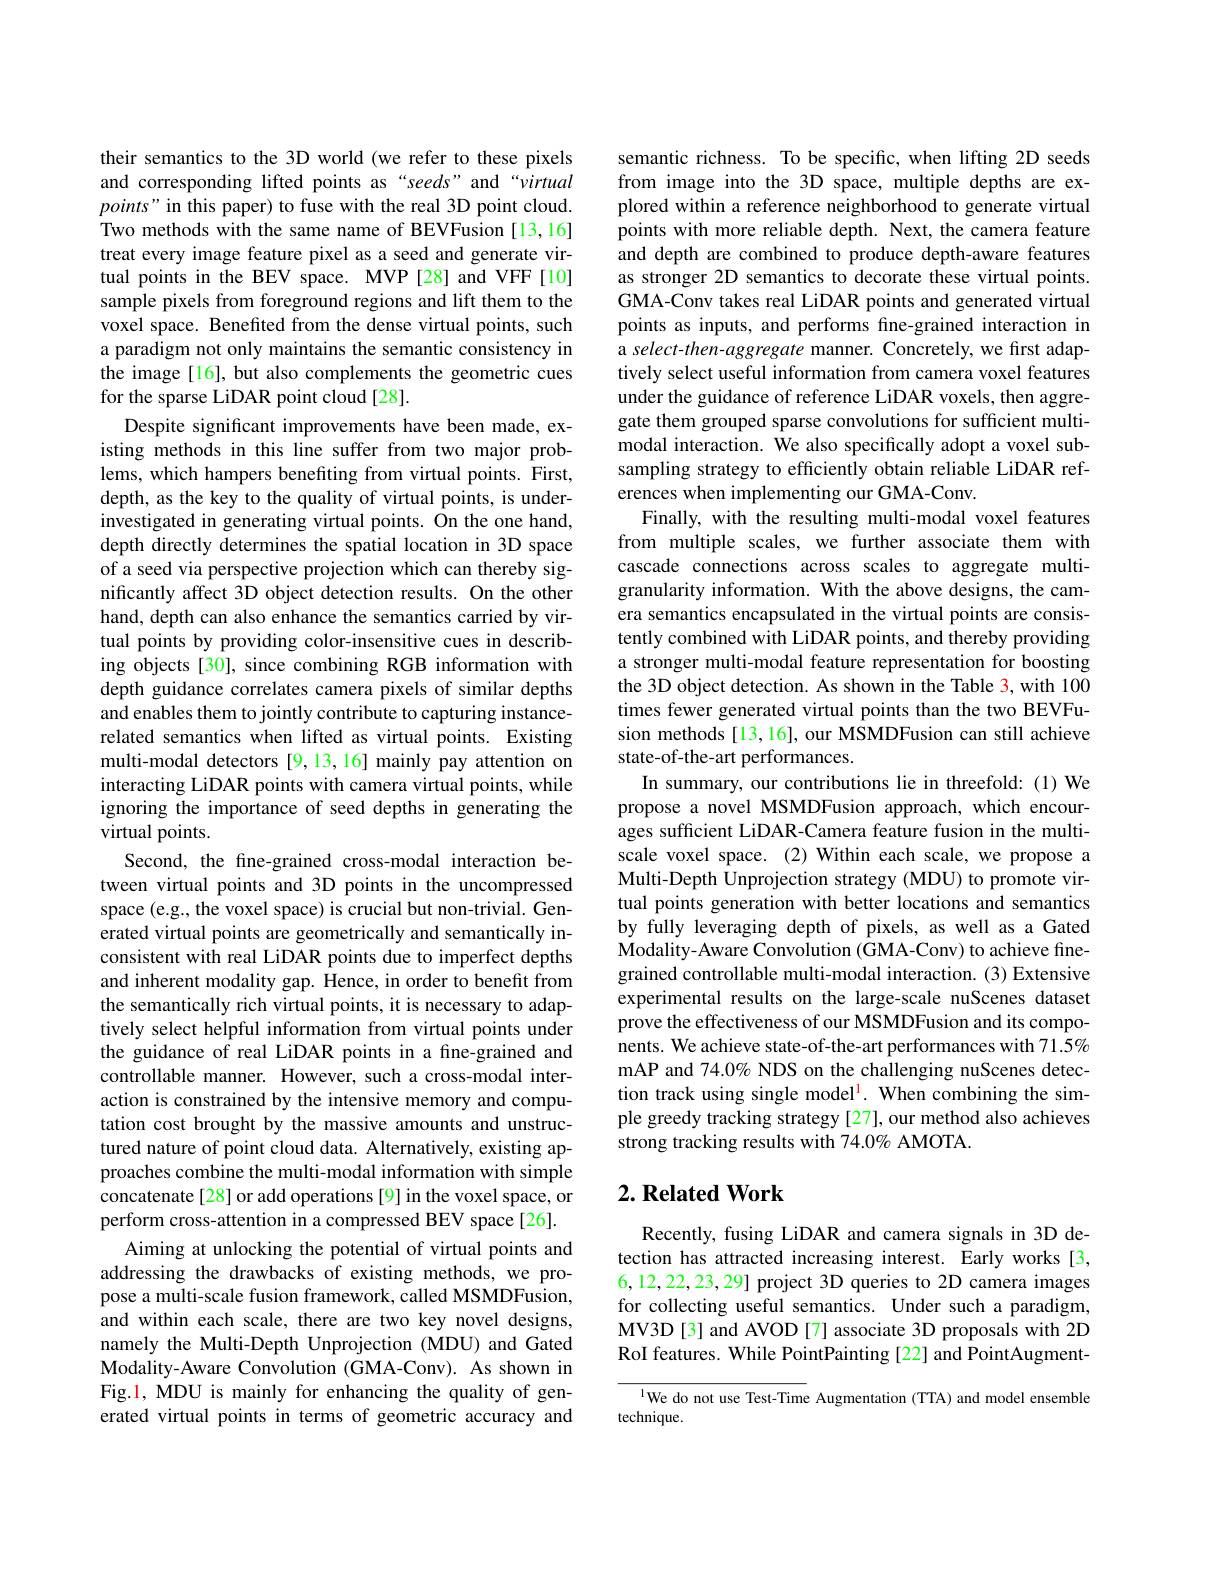
their semantics to the 3D world (we refer to these pixels and corresponding lifted points as“seeds”and“virtual $points"$ in this paper) to fuse with the real 3D point cloud. Two methods with the same name of BEVFusion [13,16] treat every image feature pixel as a seed and generate virtual points in the BEV space. MVP [28] and VFF[10] sample pixels from foreground regions and lift them to the voxel space. Benefited from the dense virtual points, such a paradigm not only maintains the semantic consistency in the image[16], but also complements the geometric cues for the sparse LiDAR point cloud[28].
Despite significant improvements have been made, existing methods in this line suffer from two major problems, which hampers benefiting from virtual points. First, depth, as the key to the quality of virtual points, is underinvestigated in generating virtual points. On the one hand, depth directly determines the spatial location in 3D space of a seed via perspective projection which can thereby significantly affect 3D object detection results. On the other hand, depth can also enhance the semantics carried by virtual points by providing color-insensitive cues in describing objects [30], since combining RGB information with depth guidance correlates camera pixels of similar depths and enables them to jointly contribute to capturing instancerelated semantics when lifted as virtual points. Existing multi-modal detectors [9,13,16] mainly pay attention on interacting LiDAR points with camera virtual points, while ignoring the importance of seed depths in generating the virtual points.
Second, the fine-grained cross-modal interaction between virtual points and 3D points in the uncompressed space (e.g., the voxel space) is crucial but non-trivial. Generated virtual points are geometrically and semantically inconsistent with real LiDAR points due to imperfect depths and inherent modality gap. Hence, in order to benefit from the semantically rich virtual points, it is necessary to adaptively select helpful information from virtual points under the guidance of real LiDAR points in a fine-grained and controllable manner. However, such a cross-modal interaction is constrained by the intensive memory and computation cost brought by the massive amounts and unstructured nature of point cloud data. Alternatively, existing approaches combine the multi-modal information with simple concatenate[28] or add operations[9] in the voxel space, or perform cross-attention in a compressed BEV space[26].
Aiming at unlocking the potential of virtual points and addressing the drawbacks of existing methods, we propose a multi-scale fusion framework, called MSMDFusion, and within each scale, there are two key novel designs, namely the Multi-Depth Unprojection (MDU) and Gated Modality-Aware Convolution (GMA-Conv). As shown in Fig.1, MDU is mainly for enhancing the quality of generated virtual points in terms of geometric accuracy and

semantic richness. To be specific, when lifting 2D seeds from image into the 3D space, multiple depths are explored within a reference neighborhood to generate virtual points with more reliable depth. Next, the camera feature and depth are combined to produce depth-aware features as stronger 2D semantics to decorate these virtual points. GMA-Conv takes real LiDAR points and generated virtual points as inputs, and performs fine-grained interaction in a select-then-aggregate manner. Concretely, we first adaptively select useful information from camera voxel features under the guidance of reference LiDAR voxels, then aggregate them grouped sparse convolutions for sufficient multimodal interaction. We also specifically adopt a voxel subsampling strategy to efficiently obtain reliable LiDAR references when implementing our GMA-Conv.
Finally, with the resulting multi-modal voxel features from multiple scales, we further associate them with cascade connections across scales to aggregate multigranularity information. With the above designs, the camera semantics encapsulated in the virtual points are consistently combined with LiDAR points, and thereby providing a stronger multi-modal feature representation for boosting the 3D object detection. As shown in the Table 3, with 100 times fewer generated virtual points than the two BEVFusion methods [13,16], our MSMDFusion can still achieve state-of-the-art performances.
In summary, our contributions lie in threefold: (1) We propose a novel MSMDFusion approach, which encourages sufficient LiDAR-Camera feature fusion in the multiscale voxel space. (2) Within each scale, we propose a Multi-Depth Unprojection strategy (MDU) to promote virtual points generation with better locations and semantics by fully leveraging depth of pixels, as well as a Gated Modality- Aware Convolution (GMA- Conv) to achieve finegrained controllable multi-modal interaction. (3) Extensive experimental results on the large-scale nuScenes dataset prove the effectiveness of our MSMDFusion and its components. We achieve state-of-the-art performances with 71.$\hat{5\%}$ mAP and 74.0% NDS on the challenging nuScenes detection track using single model$^{\mathrm{l}}.$ When combining the simple greedy tracking strategy [27], our method also achieves strong tracking results with 74.0% AMOTA.

## $2. \textbf{Related Work}$

Recently, fusing LiDAR and camera signals in 3D detection has attracted increasing interest. Early works [3, 6,12,22,23,29] project 3D queries to 2D camera images for collecting useful semantics. Under such a paradigm, MV3D[3] and AVOD[7] associate 3D proposals with 2D RoI features. While PointPainting [22] and PointAugment-

$^{1}$We do not use Test-Time Augmentation (TTA) and model ensemble
technique.